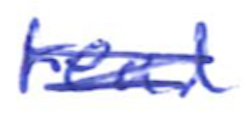
Text: read
Cross-out: mix
Writing tool: ballpoint